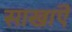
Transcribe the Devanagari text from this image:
साखाऎ